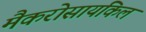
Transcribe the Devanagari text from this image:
मैकरोसायकिल